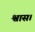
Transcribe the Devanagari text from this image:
श्वास।